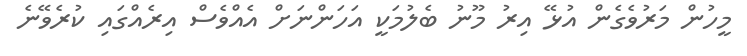
މީހުން މަރުވެގެން އުޅޭ އިރު މޫނު ބެލުމަކީ އަހަންނަށް އެއްވެސް އިރެއްގައި ކުރެވޭނެ